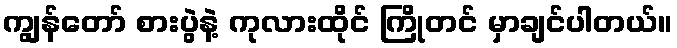
ကျွန်တော် စားပွဲနဲ့ ကုလားထိုင် ကြိုတင် မှာချင်ပါတယ်။